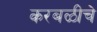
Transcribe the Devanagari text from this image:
करबळीचे